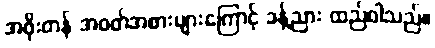
အဖိုးတန် အဝတ်အစားများကြောင့် ခန့်ညား ထည်ဝါသည်။